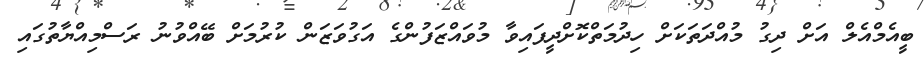
ބީއެމްއެލް އަށް ދިގު މުއްދަތަކަށް ހިދުމަތްކޮށްދީފައިވާ މުވައްޒަފުންގެ އަގުވަޒަން ކުރުމަށް ބޭއްވުނު ރަސްމިއްޔާތުގައި